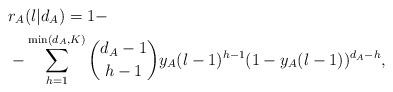
LaTeX: \begin{align*}& r_A ( l | d_A ) = 1 - \\ & - \sum_{h=1}^{\min ( d_A,K ) } { d_A - 1 \choose h - 1} y_A( l - 1 )^{h-1} ( 1 - y_A ( l - 1 ) )^{d_A - h}, \end{align*}